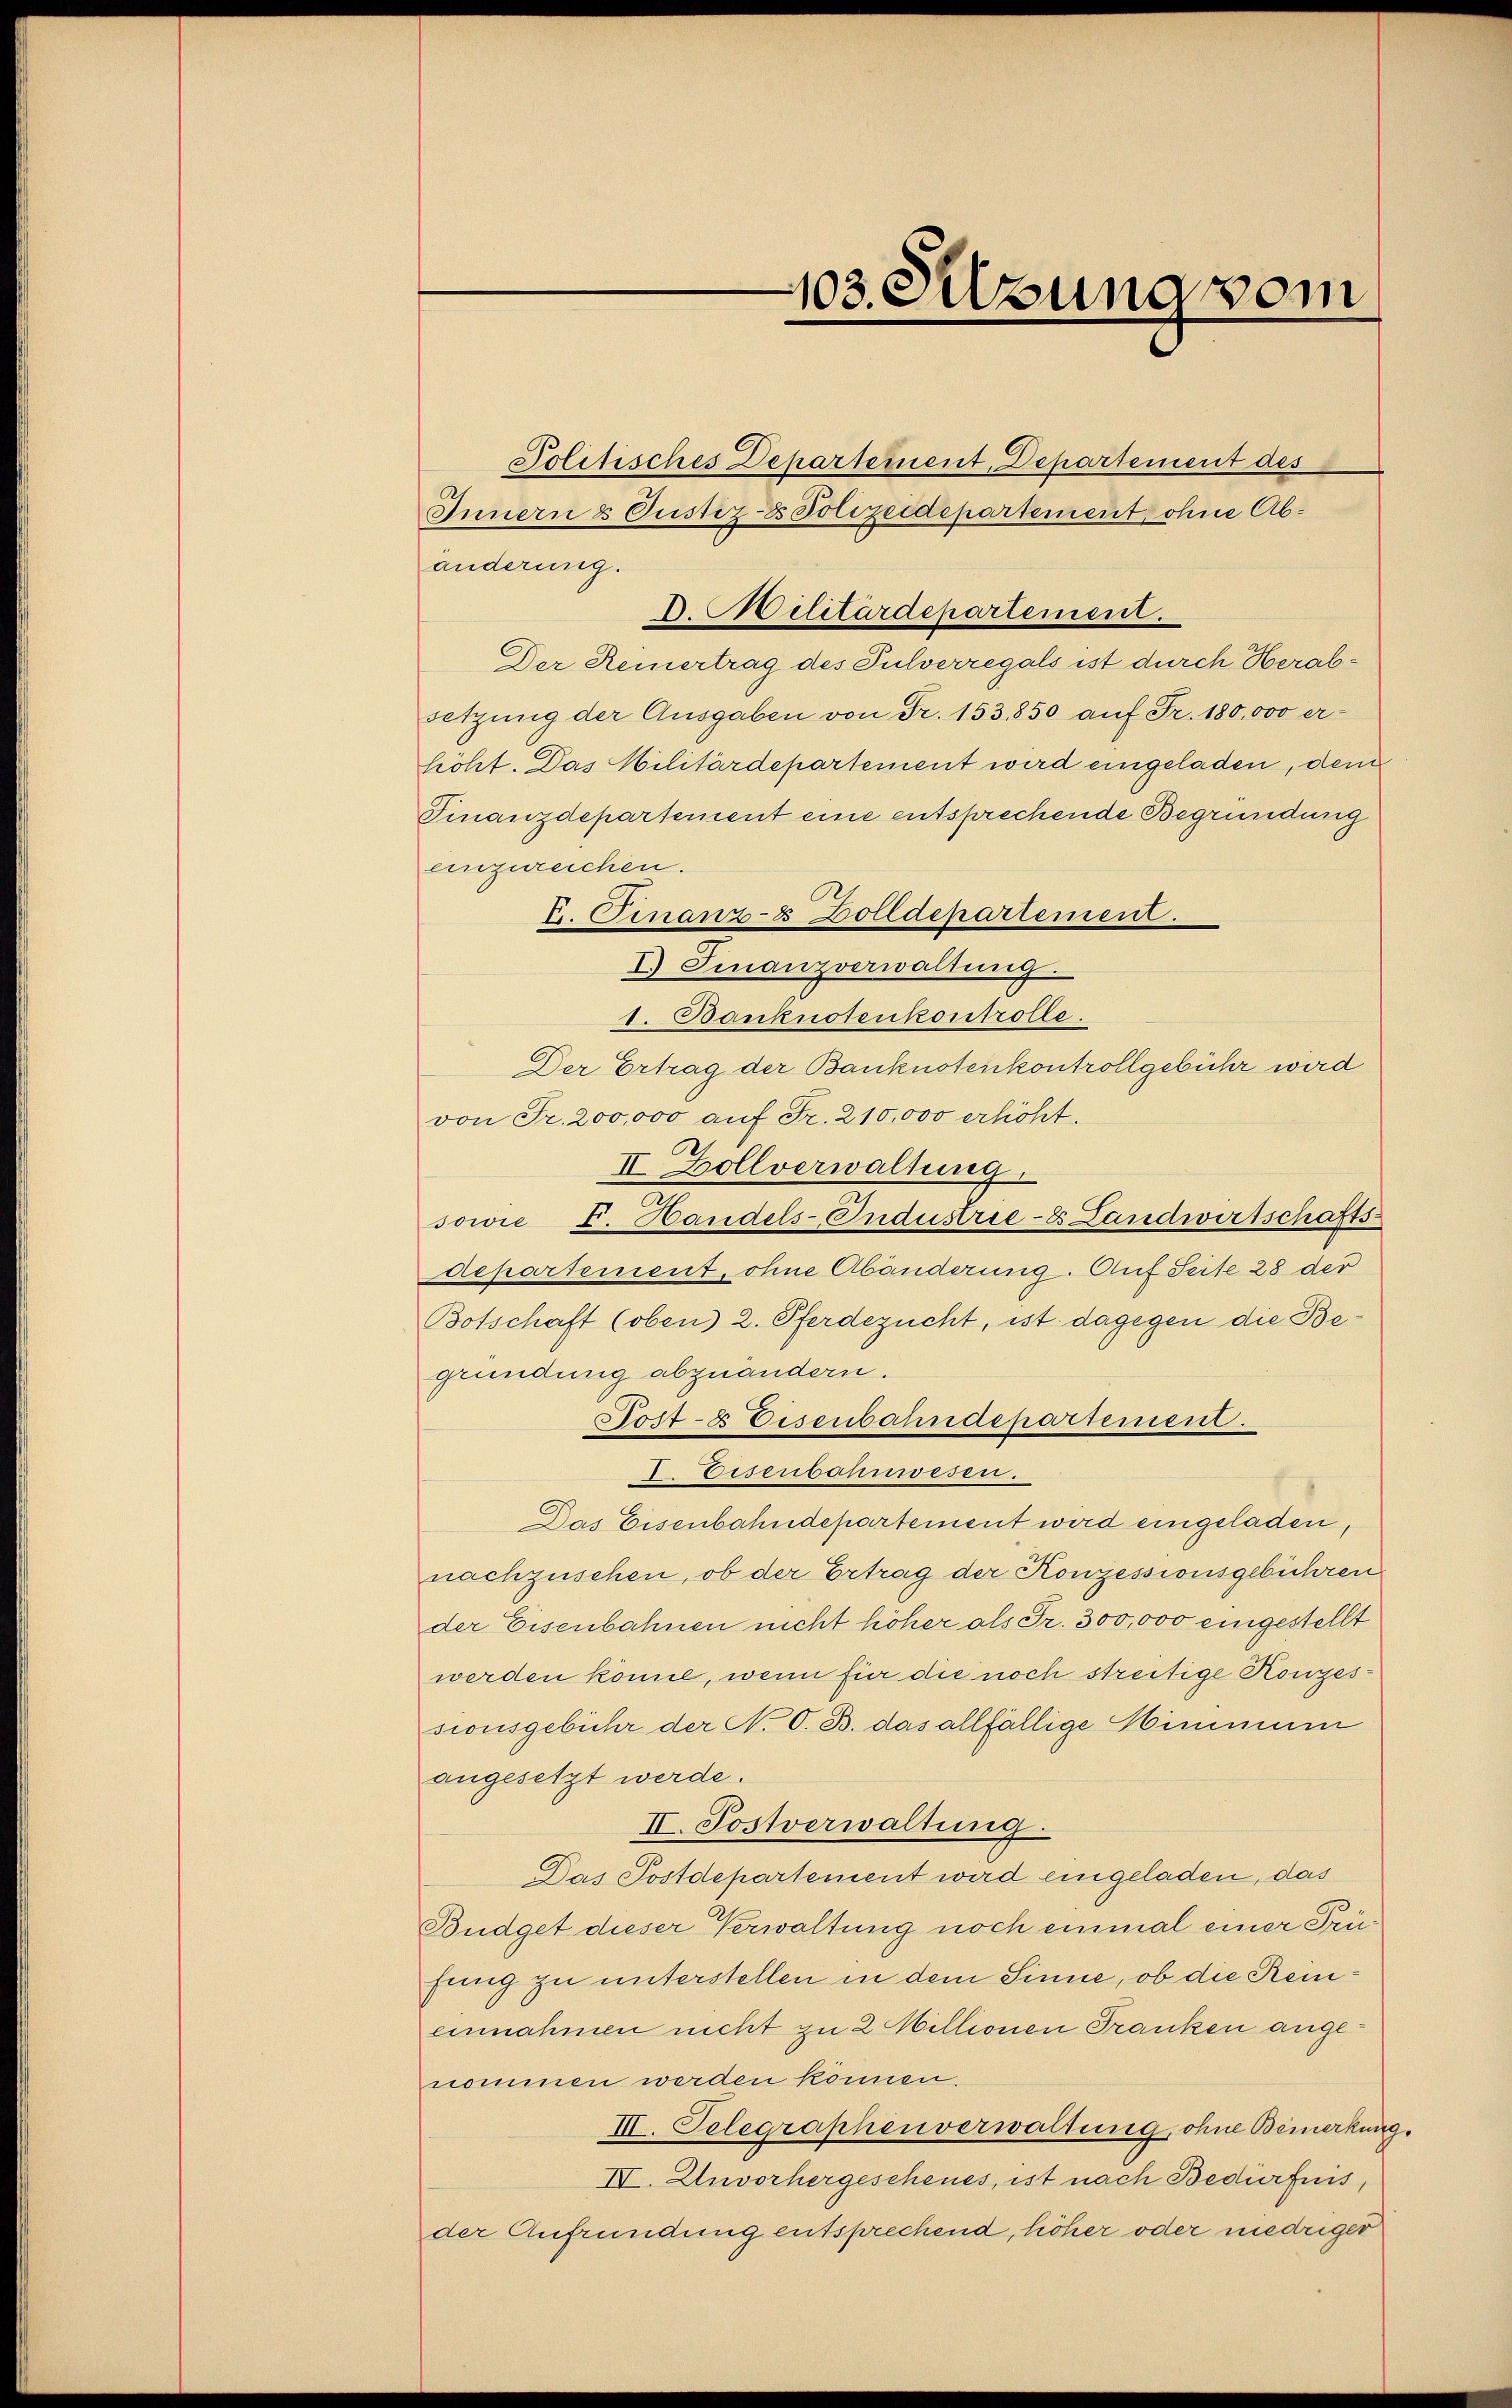
103. Setzung vom

Politisches Departement, Departement des
Innern & Oustiz- & Polizeidepartement, ohne Abänderung.
D. Militärdepartement.
Der Reinertrag des Pulverregals ist durch Herabsetzung der Ausgaben von Fr. 153,850 auf Fr. 180,000 er-
höht. Das Militärdepartement wird eingeladen, dem
Finanzdepartement eine entsprechende Begründung
einzureichen.
tr. Finanz-8 Zolldepartement.
I. Finanzverwaltung.
1. Banknotenkontrolle.
Der Ertrag der Banknotenkontrollgebühr wird
von Fr. 200,000 auf Fr. 210,000 erhöht.
II. Zollverwaltung
sowie F. Handels-Industrie-8 Landwirtschafts
departement, ohne Abänderung. Auf Seite 28 der
Botschaft (oben) 2. Pferdezucht, ist dagegen die Begründung abzuändern.
Sost- & Eisenbahndepartement.
I Eisenbahnwesen.
Das Eisenbahndepartement wird eingeladen,
nachzuschen, ob der Ertrag der Konzessionsgebühren
der Eisenbahnen nicht höher als Fr. 300,000 eingestellt
werden könne, wenn für die noch streitige Konzessionsgebühr der N. O. B. das allfällige Himmuni
angesetzt werde.
II. Postverwaltung.
Das Postdepartement wird eingeladen, das
Büdget dieser Verwaltung noch einmal einer Prüfung zu unterstellen in dem Sinne, ob die Reineinnahmen nicht zu 2 Millionen Franken angenommen werden können.
III. Telegraphenverwaltung, ohne Bemerkung.
IV. Unvorhergeschenes, ist nach Bedürfnis,
der Aufrundung entsprechend, höher oder niedriger